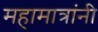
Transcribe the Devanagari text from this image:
महामात्रांनी